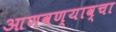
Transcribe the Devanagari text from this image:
आणवण्याव्चा